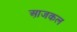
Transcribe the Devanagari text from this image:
आ़जकल